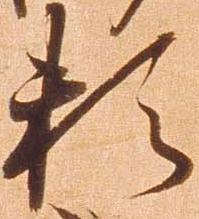
頼